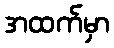
အထက်မှာ